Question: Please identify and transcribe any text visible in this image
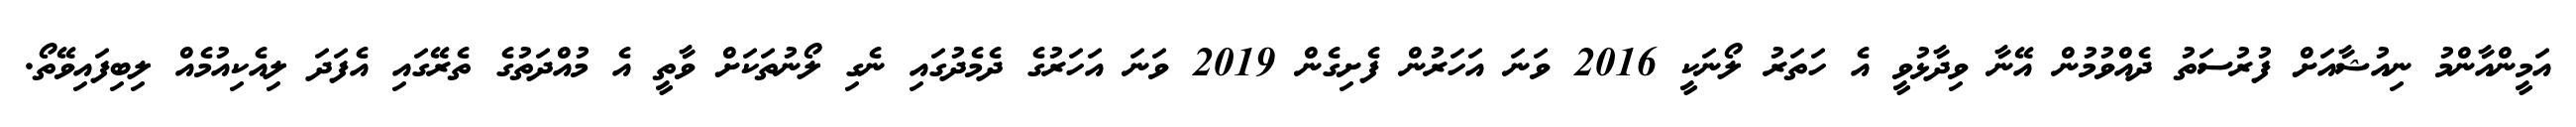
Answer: އަމީންއާންމު ނިއުޝާއަށް ފުރުސަތު ދެއްވުމުން އޭނާ ވިދާޅުވީ އެ ހަތަރު ލޯނަކީ 2016 ވަނަ އަހަރުން ފެށިގެން 2019 ވަނަ އަހަރުގެ ދެމެދުގައި ނެގި ލޯނުތަކަށް ވާތީ އެ މުއްދަތުގެ ތެރޭގައި އެފަދަ ލިއެކިއުމެއް ލިބިފައިވޭތޯ.